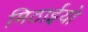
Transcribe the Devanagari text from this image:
मिठाईयो